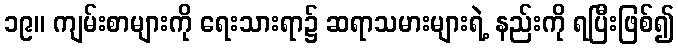
၁၉။ ကျမ်းစာများကို ရေးသားရာ၌ ဆရာသမားများရဲ့ နည်းကို ရပြီးဖြစ်၍